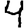
Digit: 4